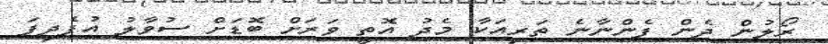
ރޯލުން ދެން ފެންނާނެ ތަރިއަކާ މެދު އޮތީ ވަރަށް ބޮޑަށް ސުވާލު އުފެދިފަ